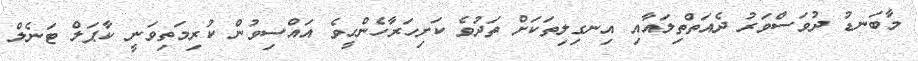
މާބަނޑު ދުވަސްވަރު ދެއަތްތިލައާއި އިނގިލިތަކަށް ތަދުވެ ކަށިހަރާހެންހީވެ އައްސިވުން ކުރިމަތިވަނީ ކާޕަލް ޓަނެލް